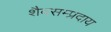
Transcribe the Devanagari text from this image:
शैवसम्प्रदाय